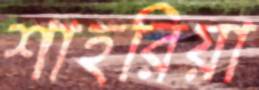
শাহরিয়া